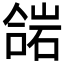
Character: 𱔋